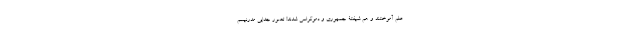
علم آموختند و هم شیفتۀ جمهوری و دموکراسی شدند! تصور جدایی مدرنیسم